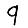
Digit: 9